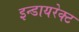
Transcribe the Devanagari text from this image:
इन्डायरेक्ट